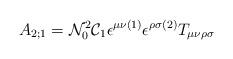
LaTeX: \begin{align*}A_{2;1} = {\cal N}_{0}^{2} {\cal C}_{1} \epsilon^{\mu \nu (1)}\epsilon^{\rho \sigma (2)} T_{\mu \nu \rho \sigma}\end{align*}